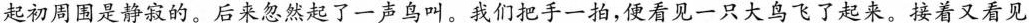
起初周围是静寂的。后来忽然起了一声鸟叫。我们把手一拍，便看见一只大鸟飞了起来。接着又看见